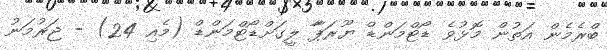
ބްރެމެން އަތުން މޮޅުވެ ޑޯޓްމަންޑް ޔޫރަޕާާ ލީގަށްޑޯޓްމަންޑް (މެއި 24) - ޖަރުމަނު